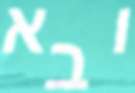
ובא